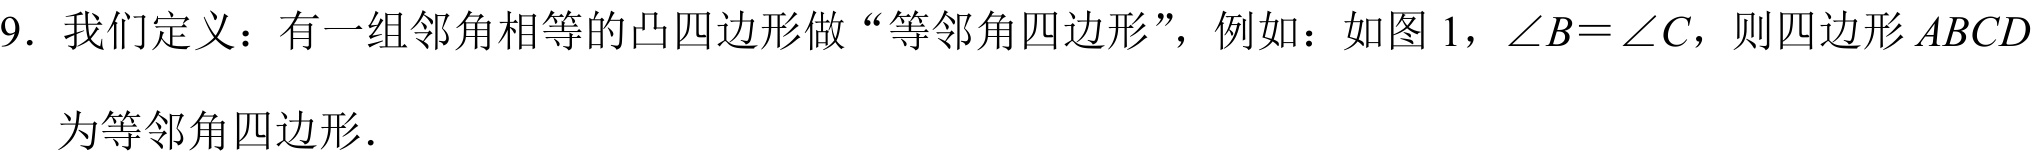
9. 我们定义：有一组邻角相等的凸四边形做“等邻角四边形”，例如：如图 1，\(\angle B = \angle C\)，则四边形 \(ABCD\)为等邻角四边形．